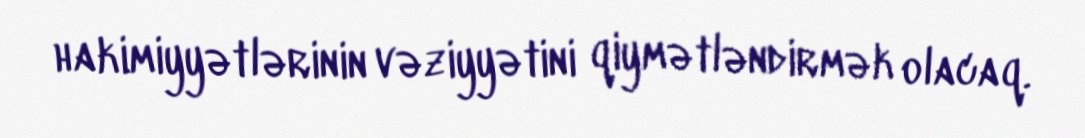
hakimiyyətlərinin vəziyyətini qiymətləndirmək olacaq.